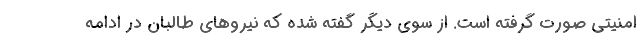
امنیتی صورت گرفته است. از سوی دیگر گفته شده که نیروهای طالبان در ادامه